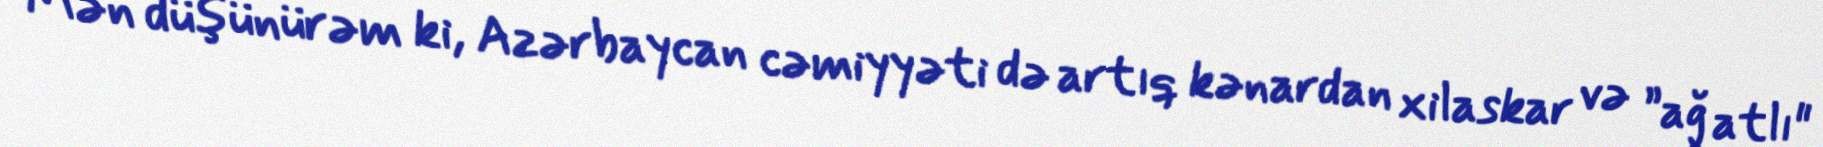
Mən düşünürəm ki, Azərbaycan cəmiyyəti də artıq kənardan xilaskar və ”ağ atlı"